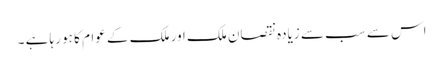
اس سے سب سے زیادہ نقصان ملک اور ملک کے عوام کا ہو رہا ہے ۔